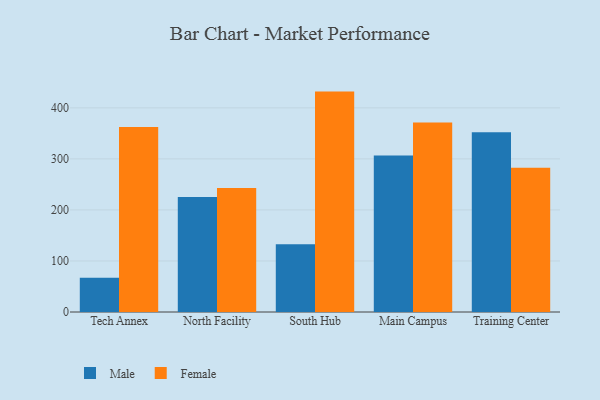
{"axis": {"x": "Campus", "y": "Customer Acquisition Cost (USD)"}, "legend": ["Female", "Male"], "data": [{"x": "Tech Annex", "y": 67.0, "type": "Male"}, {"x": "Tech Annex", "y": 362.4, "type": "Female"}, {"x": "North Facility", "y": 225.5, "type": "Male"}, {"x": "North Facility", "y": 243.0, "type": "Female"}, {"x": "South Hub", "y": 132.6, "type": "Male"}, {"x": "South Hub", "y": 431.8, "type": "Female"}, {"x": "Main Campus", "y": 306.7, "type": "Male"}, {"x": "Main Campus", "y": 371.4, "type": "Female"}, {"x": "Training Center", "y": 352.3, "type": "Male"}, {"x": "Training Center", "y": 282.5, "type": "Female"}]}